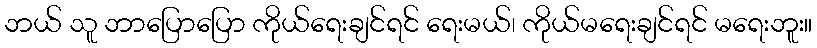
ဘယ် သူ ဘာပြောပြော ကိုယ်ရေးချင်ရင် ရေးမယ်၊ ကိုယ်မရေးချင်ရင် မရေးဘူး။